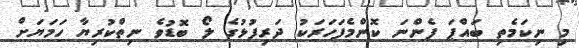
މި ނިކަމެތި ބައްޕަ ފެންނަ ކޮންމެފަހަރަކު ދަރިފުޅުގެ ލޯ ބޮޑުވެ ނިތްކުރިޔާ ހަމަޔަށް